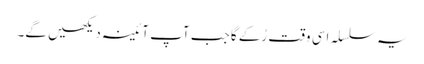
یہ سلسلہ اسی وقت رُکے گا جب آپ آئینہ دیکھیں گے۔